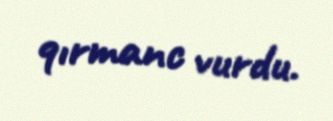
qırmanc vurdu.